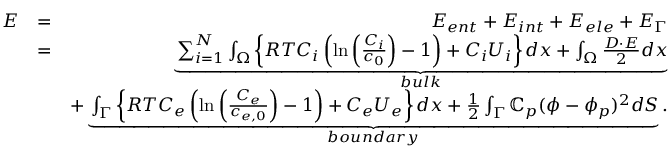
\begin{array} { r l r } { E } & { = } & { E _ { e n t } + E _ { i n t } + E _ { e l e } + E _ { \Gamma } } \\ & { = } & { \underbrace { \sum _ { i = 1 } ^ { N } \int _ { \Omega } \left\{ R T C _ { i } \left( \ln { \left( \frac { C _ { i } } { c _ { 0 } } \right) } - 1 \right) + C _ { i } U _ { i } \right\} d x + \int _ { \Omega } \frac { \boldsymbol { D } \cdot \boldsymbol { E } } { 2 } d x } _ { b u l k } } \\ & { } & { + \underbrace { \int _ { \Gamma } \left\{ R T C _ { e } \left( \ln { \left( \frac { C _ { e } } { c _ { e , 0 } } \right) } - 1 \right) + C _ { e } U _ { e } \right\} d x + \frac 1 2 \int _ { \Gamma } \mathbb { C } _ { p } ( \phi - \phi _ { p } ) ^ { 2 } d S } _ { b o u n d a r y } . } \end{array}